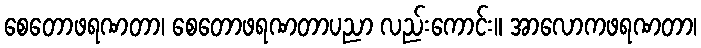
စေတောဖရဏတာ၊ စေတောဖရဏတာပညာ လည်းကောင်း။ အာလောကဖရဏတာ၊